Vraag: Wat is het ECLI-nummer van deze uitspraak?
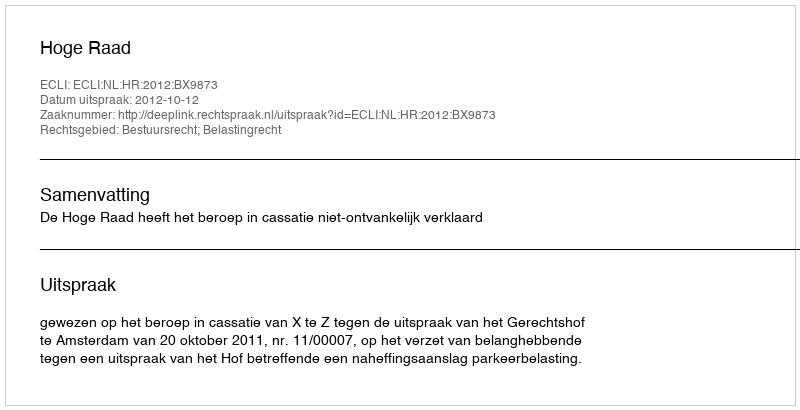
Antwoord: ECLI:NL:HR:2012:BX9873